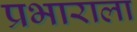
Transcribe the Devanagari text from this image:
प्रभाराला